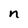
Character: n